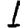
Digit: 1